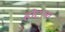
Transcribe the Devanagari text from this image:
होटल।